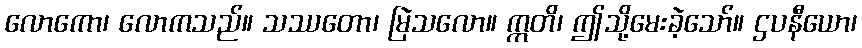
လောကော၊ လောကသည်။ သဿတော၊ မြဲသလော။ ဣတိ၊ ဤသို့မေးခဲ့သော်။ ဌပနီယော၊